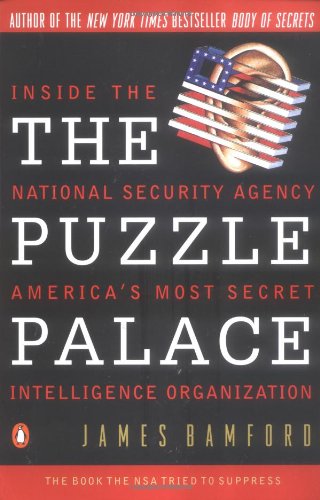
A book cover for The Puzzle Palace: Inside the National Security Agency, America's Most Secret Intelligence Organization; James Bamford; Law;